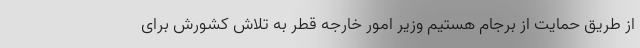
از طریق حمایت از برجام هستیم وزیر امور خارجه قطر به تلاش کشورش برای